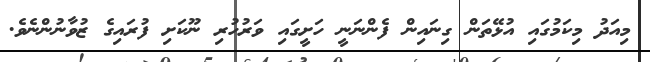
މިއަދު މިކަމުގައި އުޅޭތަން ގިނައިން ފެންނަނީ ހަށީގައި ވަރުހުރި ނޫކަށި ފުރައިގެ ޒުވާނުންނެވެ.